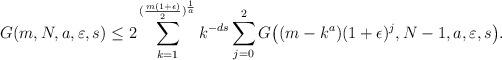
LaTeX: \begin{align*}G(m,N,a,\varepsilon, s) \leq 2 \sum_{k=1}^{({m(1+\epsilon) \over 2})^{{1 \over a}}} k^{-ds} \sum_{j=0}^2 G\big((m-k^a)(1+\epsilon)^j, N-1, a, \varepsilon, s\big).\end{align*}